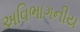
અવિભાગનીય